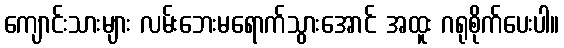
ကျောင်းသားများ လမ်းဘေးမရောက်သွားအောင် အထူး ဂရုစိုက်ပေးပါ။